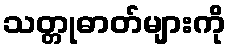
သတ္တုဓာတ်များကို